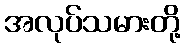
အလုပ်သမားတို့